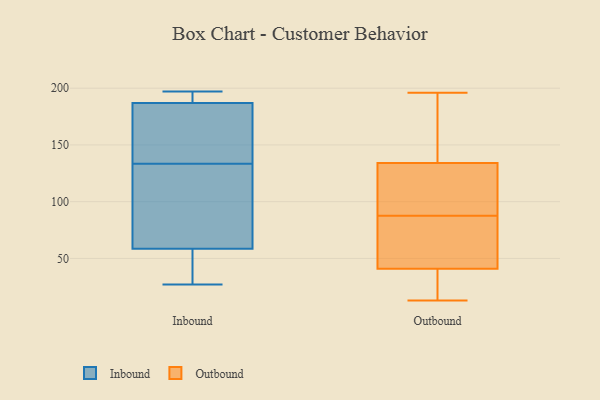
{"axis": {"x": "LTV (USD)", "y": "Value"}, "legend": ["Inbound", "Outbound"], "data": [{"x": "", "y": 186, "type": "Inbound"}, {"x": "", "y": 59, "type": "Inbound"}, {"x": "", "y": 58, "type": "Inbound"}, {"x": "", "y": 27, "type": "Inbound"}, {"x": "", "y": 49, "type": "Inbound"}, {"x": "", "y": 127, "type": "Inbound"}, {"x": "", "y": 197, "type": "Inbound"}, {"x": "", "y": 183, "type": "Inbound"}, {"x": "", "y": 140, "type": "Inbound"}, {"x": "", "y": 86, "type": "Inbound"}, {"x": "", "y": 194, "type": "Inbound"}, {"x": "", "y": 188, "type": "Inbound"}, {"x": "", "y": 185, "type": "Outbound"}, {"x": "", "y": 155, "type": "Outbound"}, {"x": "", "y": 28, "type": "Outbound"}, {"x": "", "y": 85, "type": "Outbound"}, {"x": "", "y": 75, "type": "Outbound"}, {"x": "", "y": 129, "type": "Outbound"}, {"x": "", "y": 196, "type": "Outbound"}, {"x": "", "y": 134, "type": "Outbound"}, {"x": "", "y": 13, "type": "Outbound"}, {"x": "", "y": 90, "type": "Outbound"}, {"x": "", "y": 50, "type": "Outbound"}, {"x": "", "y": 41, "type": "Outbound"}, {"x": "", "y": 120, "type": "Outbound"}, {"x": "", "y": 24, "type": "Outbound"}]}